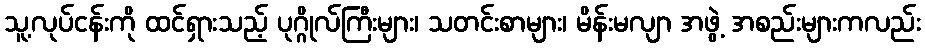
သူ့လုပ်ငန်းကို ထင်ရှားသည့် ပုဂ္ဂိုလ်ကြီးများ၊ သတင်းစာများ၊ မိန်းမလျာ အဖွဲ့ အစည်းများကလည်း